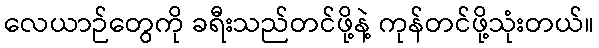
လေယာဉ်တွေကို ခရီးသည်တင်ဖို့နဲ့ ကုန်တင်ဖို့သုံးတယ်။